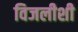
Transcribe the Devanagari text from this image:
विजलीशी